Laimjala_vallavalitsus, lk 28
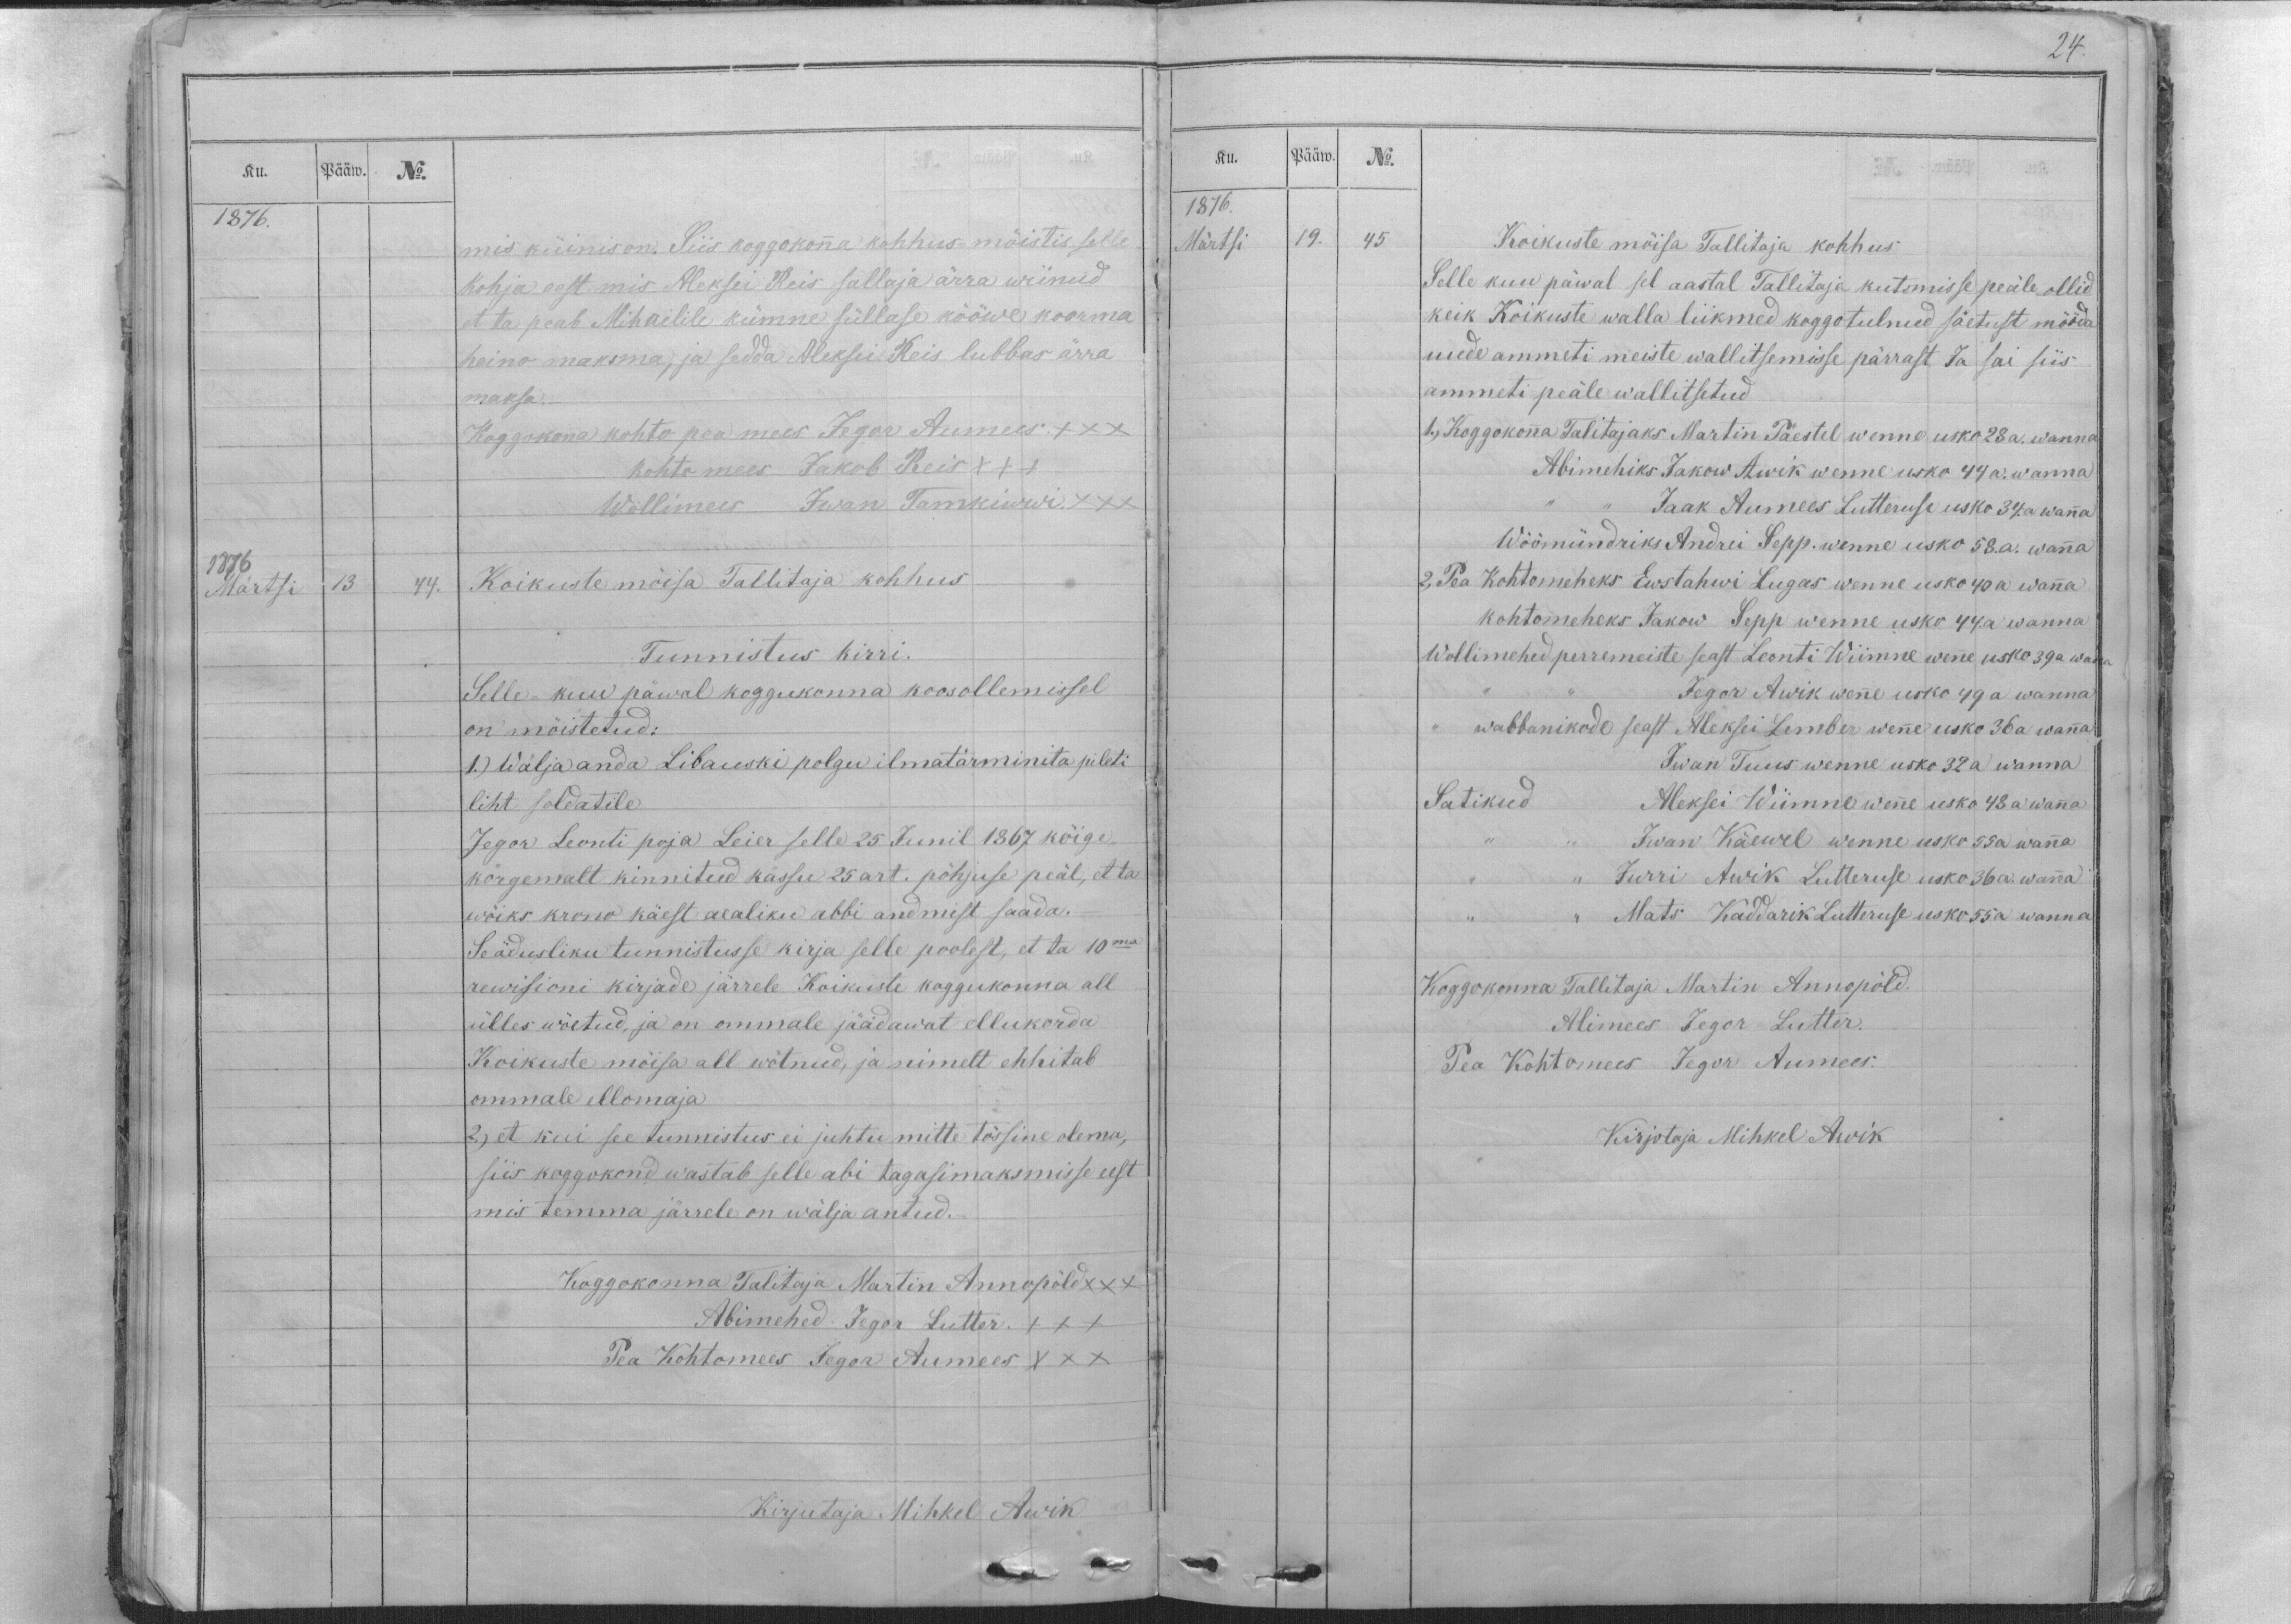
Ku.
Pääw.
No.
1876.
mis küinis on. Siis koggokonna kohhus möistis selle
kohja eest mis Aleksei Reis sallaja ärra wiinud
et ta peab Mihailile kümne süllase kööwe koorma
heino maksma, ja sedda Aleksei Reis lubbas ärra
maksa.
Koggokona kohto pea mees Jegor Aumees. XXX
kohtomees Jakob Reis XXX
Wollimees Iwan Tamkiwwi. XXX
1876
Märtsi
13
44.
Koikuste möisa Tallitaja kohhus
Tunnistus kirri.
Selle kuu päwal koggukonna koosollemissel
on möistetud:
1.) Wälja anda Libauski polgu ilmatärminita pileti
liht soldatile
Jegor Leonti poja Leier selle 25 Junil 1867 kõige
körgemalt kinnitud kässu 25 art. põhjuse peäl, et ta
wöiks krono käest aealiku abbi andmist saada.
Seädusliku tunnistusse kirja selle poolest, et ta 10ma
rewisioni kirjade järrele Koikuste koggukonna all
ülles wöetud, ja on ommale jäädawat ellukorda
Koikuste möisa all wötnud, ja nimelt ehhitab
ommale ellomaja
2.) et kui see tunnistus ei juhtu mitte tössine olema,
siis koggokond wastab selle abi tagasimaksmisse eest
mis temma järrele on wälja antud._
Koggokonna Talitaja Martin Annopöld XXX
Abimehed Jegor Lutter. XXX
Pea Kohtomees Jegor Aumees XXX
Kirjutaja Mihkel Awik

24.
Ku.
Pääw.
No.
1876.
Märtsi
19.
45
Koikuste möisa Tallitaja kohhus
Selle kuu päwal sel aastal Tallitaja kutsmisse peäle ollid
keik Koikuste walla liikmed koggotulnud säetust mööda
uude ammeti meiste wallitsemisse pärrast  Ja sai siis
ammeti peäle wallitsetud
1., Koggokonna Talitajaks Martin Päestel wenne usko 28 a. wanna
Abimehiks Jakow Awik wenne usko 44 a. wanna
„ ,, Jaak Aumees Lutteruse usko 34. a wanna
Wöömündriks Andrei Sepp. wenne usko 58. a. wanna
2, Pea Kohtomeheks Ewstahwi Lugas wenne usko 40 a wanna
kohtomeheks Jakow Sepp wenne usko 44. a wanna
Wollimehed perremeiste seast Leonti Wiimne wenne usko 39a wana
,, ,, Jegor Awik wenne usko 49 a wanna
,, wabbanikode seast Aleksei Lember wenne usko 36 a wanna
Iwan Tuus wenne usko 32 a wanna
Satikud
Aleksei Wiimne wenne usko 48 a wanna
,, ,, Iwan Käewel wenne usko 55a wanna
,, ,, Jurri Awik Lutteruse usko 36a. wanna
,, ,, Mats Kaddarik Lutteruse usko 55a wanna
Koggokonna Tallitaja Martin Annopöld.
Alimees Jegor Lutter.
Pea Kohtomees Jegor Aumees.
Kirjotaja Mihkel Awik